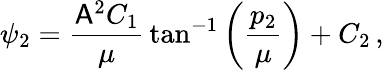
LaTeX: \psi_{2}=\frac{\mathsf{A}^{2}C_{1}}{\mu}\, \tan^{-1}\left(\frac{p_{2}}{\mu}\right)+C_{2}\, ,